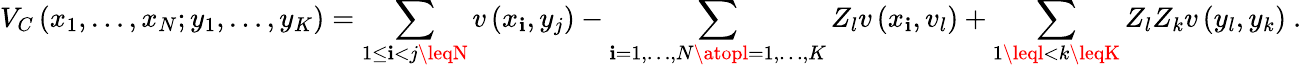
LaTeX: V_{C}\left(x_{1},\ldots,x_{N};y_{1},\ldots,y_{K}\right)=\sum_{1\leq\mathbf{i}<j\leqN}v\left(x_{\mathbf{i}},y_{j}\right)-\sum_{\mathbf{i}=1,\ldots,N\atopl=1,\ldots,K}Z_{l}v\left(x_{\mathbf{i}},v_{l}\right)+\sum_{1\leql<k\leqK}Z_{l}Z_{k}v\left(y_{l},y_{k}\right)\ .